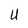
Character: U